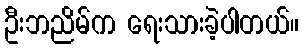
ဦးဘညိမ်က ရေးသားခဲ့ပါတယ်။